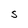
Character: s